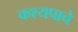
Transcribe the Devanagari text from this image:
कश्यपाचे